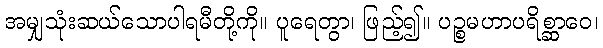
အမျှသုံးဆယ်သောပါရမီတို့ကို။ ပူရေတွာ၊ ဖြည့်၍။ ပဉ္စမဟာပရိစ္ဆာဝေ၊